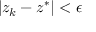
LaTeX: | z _ { k } - z ^ { * } | < \epsilon